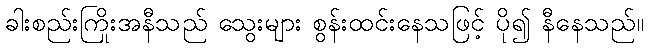
ခါးစည်းကြိုးအနီသည် သွေးများ စွန်းထင်းနေသဖြင့် ပို၍ နီနေသည်။